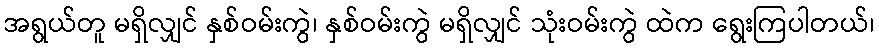
အရွယ်တူ မရှိလျှင် နှစ်ဝမ်းကွဲ၊ နှစ်ဝမ်းကွဲ မရှိလျှင် သုံးဝမ်းကွဲ ထဲက ရွေးကြပါတယ်၊